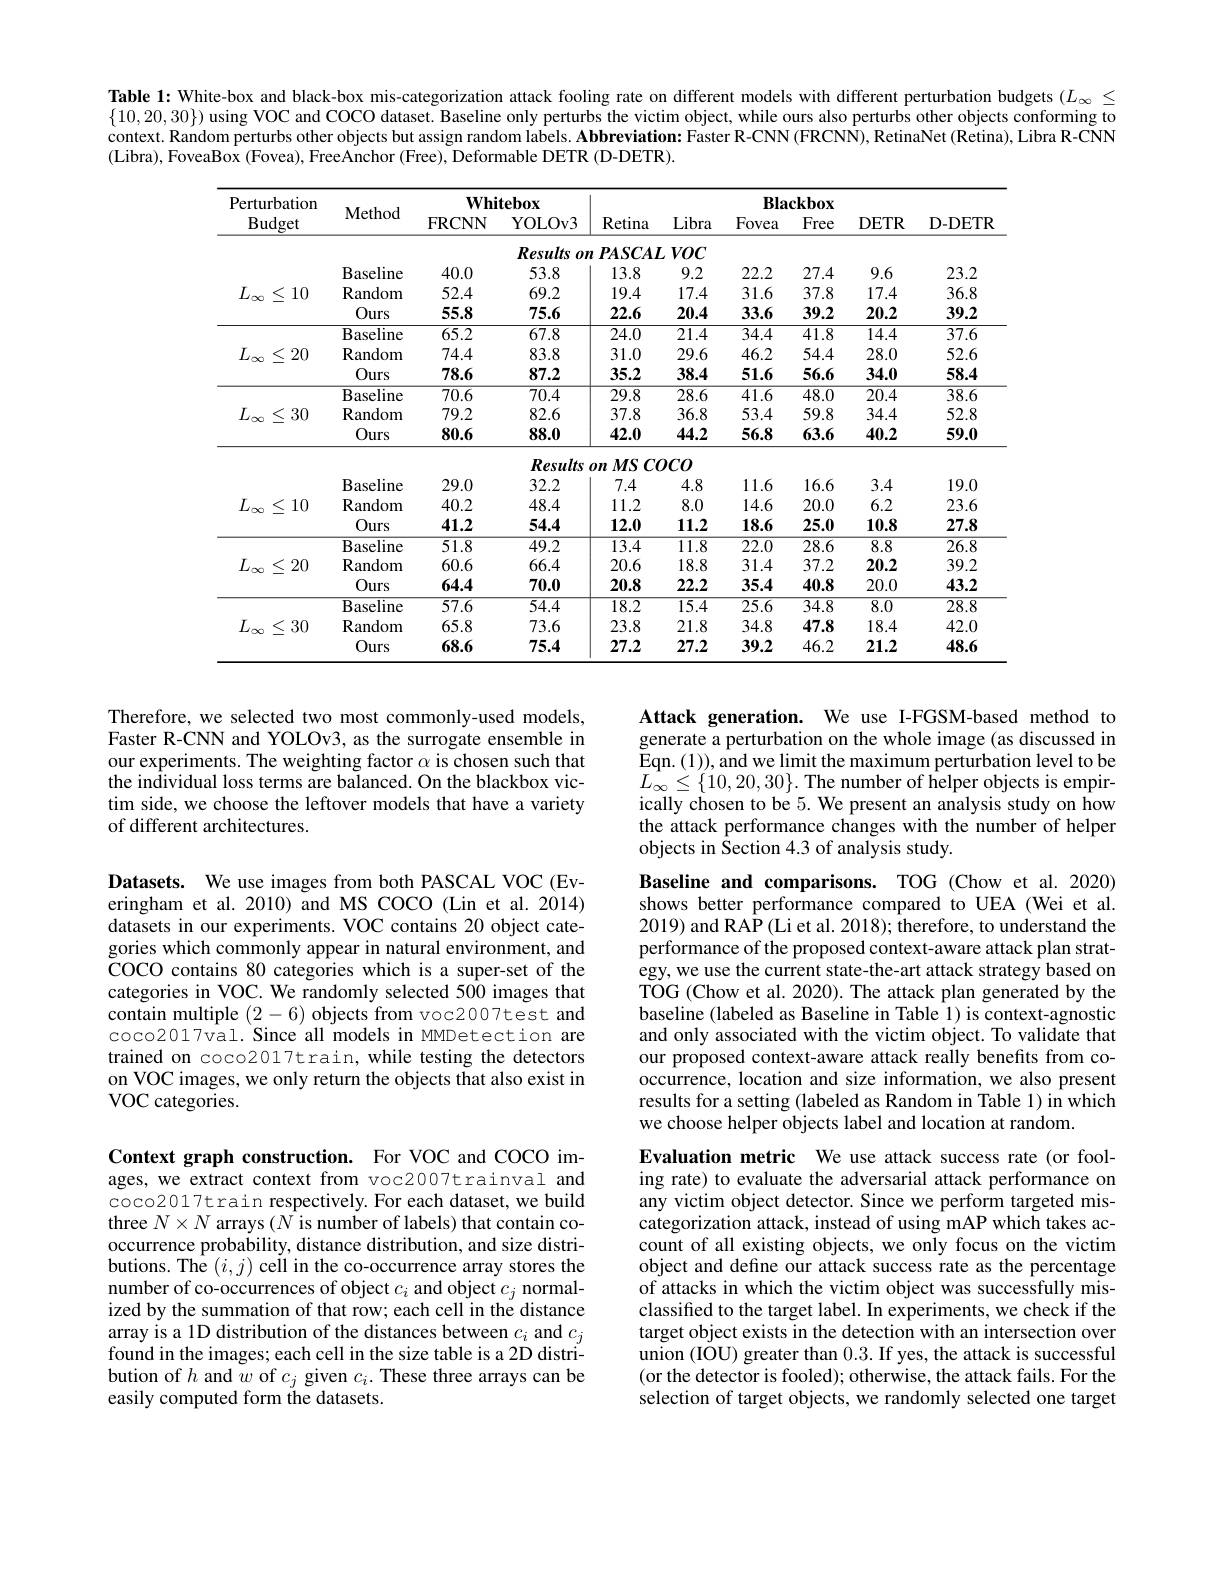
Table 1: White-box and black-box mis-categorization attack fooling rate on different models with different perturbation budgets $(L_{\infty}\leq$ $\{10,20,30\})$ using VOC and COCO dataset. Baseline only perturbs the victim object, while ours also perturbs other objects conforming to$\{10,20,30\})$ using VOC and COCO dataset. Baseline only perturbs the victim objects conforming to context. Random perturbs other objects but assign random labels. Abbreviation: Faster R-CNN (FRCNN), RetinaNet (Retina), Libra R-CNN (Libra), FoveaBox (Fovea), FreeAnchor (Free), Deformable DETR (D-DETR).

<table>
	<tbody>
		<tr>
			<th rowspan="2">Perturbation $\operatorname{Budget}$</th>
			<th rowspan="2">Method</th>
			<th colspan="2">$\mathbf{Whitebox}$</th>
			<th rowspan="2">Retina</th>
			<th rowspan="2">$\mathbf{Blackbox}$</th>
			<th colspan="2">$\mathbf{Blackbox}$</th>
			<th rowspan="2">D- DETR</th>
		</tr>
		<tr>
			<th>FRCNN</th>
			<th>YOLOv3</th>
			<th>Libra</th>
			<th>Fovea</th>
			<th>Free</th>
			<th>DETR</th>
		</tr>
		<tr>
			<td> </td>
			<td> </td>
			<td> </td>
			<td>Results $OI.$</td>
			<td>$\boldsymbol{P}A\boldsymbol{SC}A\boldsymbol{L}$</td>
			<td>$VOC$</td>
			<td> </td>
			<td> </td>
			<td> </td>
			<td> </td>
		</tr>
		<tr>
			<td rowspan="3">$L_{\infty}$ $\leq$ 10</td>
			<td>$B\varepsilon$ saseline</td>
			<td>40.0</td>
			<td>53.8</td>
			<td>13.8</td>
			<td>9.2</td>
			<td>22.2</td>
			<td>27.4</td>
			<td>9.6</td>
			<td>23.2</td>
		</tr>
		<tr>
			<td>Random</td>
			<td>52.4</td>
			<td>69.2</td>
			<td>19.4</td>
			<td>17.4</td>
			<td>31.6</td>
			<td>37.8</td>
			<td>17.4</td>
			<td>36.8</td>
		</tr>
		<tr>
			<td>Ours</td>
			<td>55.8</td>
			<td>75.6</td>
			<td>22.6</td>
			<td>20.4</td>
			<td>33.6</td>
			<td>39.2</td>
			<td>20.2</td>
			<td>39.2</td>
		</tr>
		<tr>
			<td rowspan="3">$L_{\infty}$ $\leq$ 20</td>
			<td>$\overline{{\mathrm{Baseline}}}$</td>
			<td></td>
			<td>67.8</td>
			<td>24.0</td>
			<td>21.4</td>
			<td>34.4</td>
			<td>41.8</td>
			<td>14.4</td>
			<td>37.6</td>
		</tr>
		<tr>
			<td>Random</td>
			<td>74.4</td>
			<td>83.8</td>
			<td>31.0</td>
			<td>29.6</td>
			<td>46.2</td>
			<td>54.4</td>
			<td>28.0</td>
			<td>52.6</td>
		</tr>
		<tr>
			<td>Ours</td>
			<td>78.6</td>
			<td>87.2</td>
			<td>35.2</td>
			<td>38.4</td>
			<td>51.6</td>
			<td>56.6</td>
			<td>34.0</td>
			<td></td>
		</tr>
		<tr>
			<td rowspan="3">$L_{\infty}$ $\leq30$ </td>
			<td> ${\mathrm{aseline}}$</td>
			<td>70.6</td>
			<td>70.4</td>
			<td>29.8</td>
			<td>$\overline{28.6}$</td>
			<td>$\overline{41.6}$</td>
			<td>48.0</td>
			<td>20.4</td>
			<td>38.6</td>
		</tr>
		<tr>
			<td>Random</td>
			<td>79.2</td>
			<td>82.6</td>
			<td>37.8</td>
			<td>36.8</td>
			<td>53.4</td>
			<td>59.8</td>
			<td>34.4</td>
			<td>52.8</td>
		</tr>
		<tr>
			<td>Ours</td>
			<td>80.6</td>
			<td>88.0</td>
			<td>42.0</td>
			<td>44.2</td>
			<td>56.8</td>
			<td>63.6</td>
			<td>40.2</td>
			<td>59.0</td>
		</tr>
		<tr>
			<td rowspan="4">$L_{\infty}$ $\leq$ 10</td>
			<td> </td>
			<td> </td>
			<td>Results</td>
			<td>$MSCC$ $0n$</td>
			<td>$)CO$</td>
			<td> </td>
			<td> </td>
			<td> </td>
			<td> </td>
		</tr>
		<tr>
			<td>Baseline</td>
			<td>29.0</td>
			<td>32.2</td>
			<td>7.4</td>
			<td>4.8</td>
			<td>11.6</td>
			<td>16.6</td>
			<td>3.4</td>
			<td>19.0</td>
		</tr>
		<tr>
			<td>Random</td>
			<td>40.2</td>
			<td>48.4</td>
			<td>11.2</td>
			<td>8.0</td>
			<td>14.6</td>
			<td>20.0</td>
			<td>6.2</td>
			<td>23.6</td>
		</tr>
		<tr>
			<td>Ours</td>
			<td>41.2</td>
			<td>54.4</td>
			<td>12.0</td>
			<td>11.2</td>
			<td>18.6</td>
			<td>25.0</td>
			<td>10.8</td>
			<td>27.8</td>
		</tr>
		<tr>
			<td rowspan="3">$L_{\infty}$ $\leq:$ 20</td>
			<td>Baseline</td>
			<td>51.8</td>
			<td>49.2</td>
			<td>13.4</td>
			<td>$\overline{11.8}$</td>
			<td>22.0</td>
			<td>$\overline{28.6}$</td>
			<td>8.8</td>
			<td>26.8</td>
		</tr>
		<tr>
			<td>Random</td>
			<td>60.6</td>
			<td>66.4</td>
			<td>20.6</td>
			<td>18.8</td>
			<td>31.4</td>
			<td>37.2</td>
			<td>20.2</td>
			<td>39.2</td>
		</tr>
		<tr>
			<td>Ours</td>
			<td>64.4</td>
			<td>70.0</td>
			<td>20.8</td>
			<td>22.2</td>
			<td>35.4</td>
			<td>40.8</td>
			<td>20.0</td>
			<td>43.2</td>
		</tr>
		<tr>
			<td rowspan="3">$L_{\infty}$ $\leq30$</td>
			<td>$\operatorname{Baseline}$</td>
			<td>$\overline{57.6}$</td>
			<td>54.4</td>
			<td>$\overline{18.2}$</td>
			<td>$\overline{15.4}$</td>
			<td>$\overline{25.6}$</td>
			<td>$\overline{34.8}$</td>
			<td>$\overline{8.0}$</td>
			<td>$\overline{28.8}$</td>
		</tr>
		<tr>
			<td>Random</td>
			<td>65.8</td>
			<td>73.6</td>
			<td>23.8</td>
			<td>21.8</td>
			<td>34.8</td>
			<td>47.8</td>
			<td>18.4</td>
			<td>42.0</td>
		</tr>
		<tr>
			<td>Ours</td>
			<td>68.6</td>
			<td>75.4</td>
			<td>27.2</td>
			<td>27.2</td>
			<td>39.2</td>
			<td>46.2</td>
			<td>21.2</td>
			<td>48.6</td>
		</tr>
	</tbody>
</table>

Therefore, we selected two most commonly-used models, Faster R-CNN and YOLOv3, as the surrogate ensemble in our experiments. The weighting factor $\alpha$ is chosen such that the individual loss terms are balanced. On the blackbox victim side, we choose the leftover models that have a variety of different architectures.

Attack generation. We use I-FGSM-based method to generate a perturbation on the whole image (as discussed in Eqn. (1)), and we limit the maximum perturbation level to be $L_{\infty}\leq\{10,20,30\}.$The number of helper objects is empirically chosen to be 5. We present an analysis study on how the attack performance changes with the number of helper objects in Section 4.3 of analysis study.

Datasets. We use images from both PASCAL VOC (Everingham et al.2010) and MS COCO (Lin et al.2014) datasets in our experiments. VOC contains 20 object categories which commonly appear in natural environment, and COCO contains 80 categories which is a super-set of the categories in VOC. We randomly selected 500 images that contain multiple (2-6) objects from voc2007test and coco2017val. Since all models in MMDetection are trained on coco2017train, while testing the detectors on VOC images, we only return the objects that also exist in VOC categories.

Baseline and comparisons. TOG (Chow et al.2020) shows better performance compared to UEA (Wei et al. 2019) and RAP(Li et al. 2018); therefore, to understand the performance of the proposed context-aware attack plan strategy, we use the current state-the-art attack strategy based on TOG (Chow et al. 2020). The attack plan generated by the baseline (labeled as Baseline in Table 1) is context-agnostic and only associated with the victim object. To validate that our proposed context-aware attack really benefits from cooccurrence, location and size information, we also present results for a setting (labeled as Random in Table 1) in which we choose helper objects label and location at random.

Context graph construction. For VOC and COCO images, we extract context from voc2007trainval and coco2017train respectively. For each dataset, we build three $N\times N$ arrays $(\bar{N}$ is number of labels) that contain cooccurrence probability, distance distribution, and size distributions. The $(i,j)$ ceil in the co-occurrence array stores the number of co-occurrences of object $c_i$ and object $c_j$ normalized by the summation of that row; each cell in the distance array is a 1D distribution of the distances between $c_i$ and $c_j$ found in the images; each cell in the size table is a 2D distribution of $h$ and $w$ of $c_j$ given $c_i.$ These three arrays can be easily computed form the datasets.

Evaluation metric We use attack success rate (or fooling rate) to evaluate the adversarial attack performance on any victim object detector. Since we perform targeted miscategorization attack, instead of using mAP which takes account of all existing objects, we only focus on the victim object and define our attack success rate as the percentage of attacks in which the victim object was successfully misclassified to the target label. In experiments, we check if the target object exists in the detection with an intersection over union (IOU) greater than 0.3. If yes, the attack is successful (or the detector is fooled); otherwise, the attack fails. For the selection of target objects, we randomly selected one target